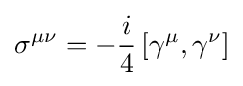
\sigma ^{\mu \nu }=-{\frac {i}{4}}\left[\gamma ^{\mu },\gamma ^{\nu }\right]